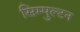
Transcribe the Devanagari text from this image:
सिम्पुल्टन